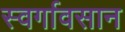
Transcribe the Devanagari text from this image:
स्वर्गावसान